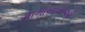
નાગાબાવાઓ